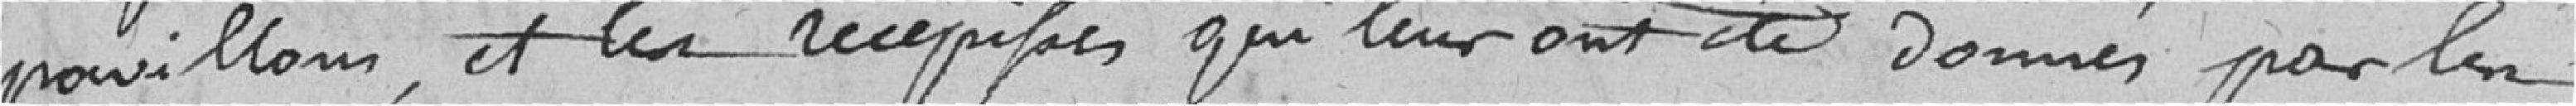
pavillons, et les récépissés qui leur ont été donnés par les